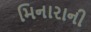
મિનારાની